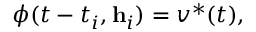
\phi ( t - t _ { i } , \mathbf { h } _ { i } ) = v ^ { * } ( t ) ,